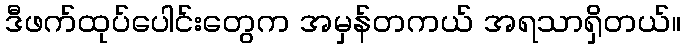
ဒီဖက်ထုပ်ပေါင်းတွေက အမှန်တကယ် အရသာရှိတယ်။